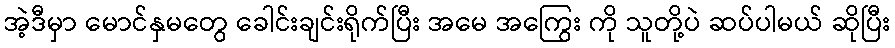
အဲ့ဒီမှာ မောင်နှမတွေ ခေါင်းချင်းရိုက်ပြီး အမေ အကြွေး ကို သူတို့ပဲ ဆပ်ပါမယ် ဆိုပြီး